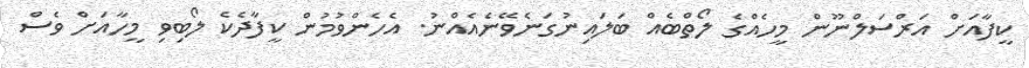
ކީފާއަށް އަރްސަލްނޫން މީހެއްގެ ލޯތްބެއް ބަލައިނުގަނެވޭނެއެއްނު. އެހެންވުމުން ކީފާދެކެ ލޯބިވި މީހާއަށް ވެސް